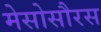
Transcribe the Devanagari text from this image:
मेसोसौरस